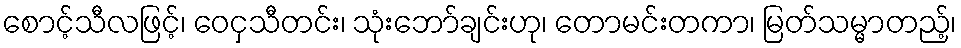
စောင့်သီလဖြင့်၊ ဝေငှသီတင်း၊ သုံးဘော်ချင်းဟု၊ တောမင်းတကာ၊ မြတ်သမ္မာတည့်၊